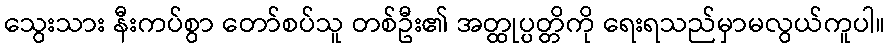
သွေးသား နီးကပ်စွာ တော်စပ်သူ တစ်ဦး၏ အတ္ထုပ္ပတ္တိကို ရေးရသည်မှာမလွယ်ကူပါ။